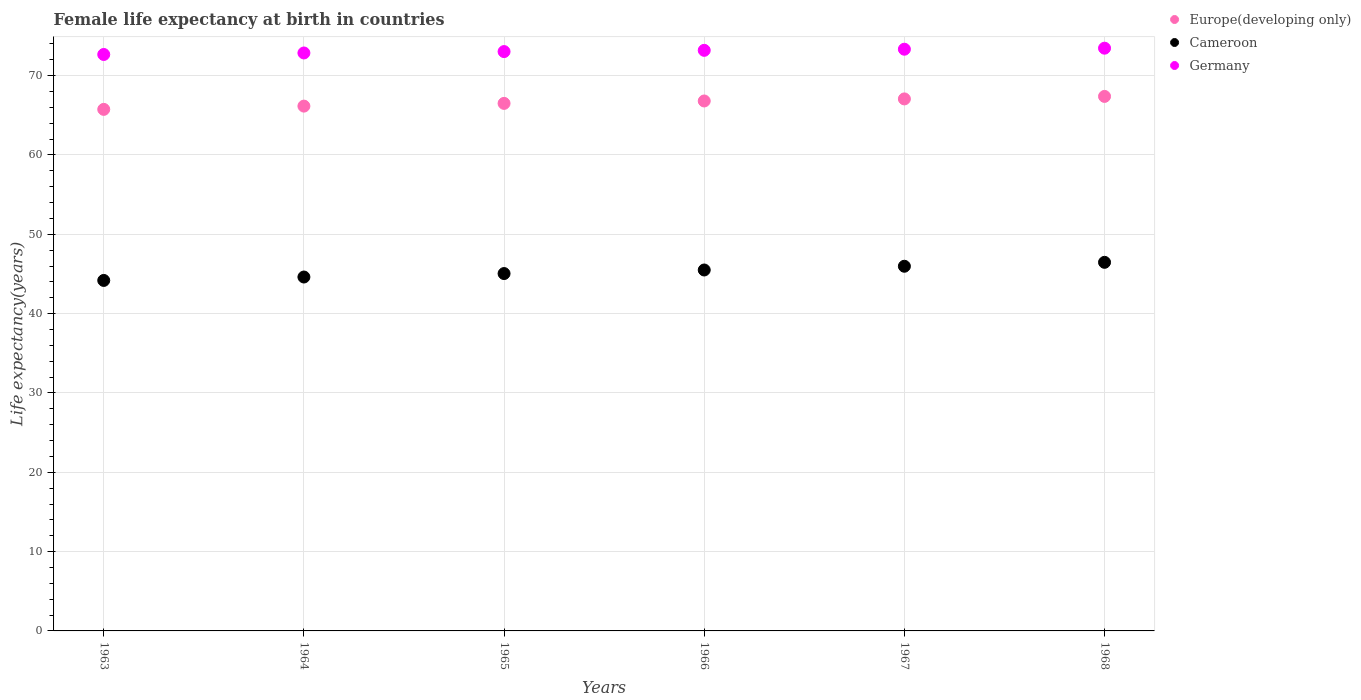
| Years | Europe(developing only) | Cameroon | Germany |
 | --- | --- | --- | --- |
 | 1963 | 65.8 | 44.2 | 72.7 |
 | 1964 | 66.2 | 44.6 | 72.9 |
 | 1965 | 66.5 | 45.1 | 73 |
 | 1966 | 66.8 | 45.5 | 73.2 |
 | 1967 | 67.1 | 46 | 73.3 |
 | 1968 | 67.4 | 46.5 | 73.5 |